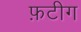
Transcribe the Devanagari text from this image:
फ़टीग